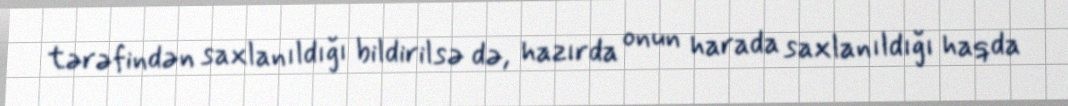
tərəfindən saxlanıldığı bildirilsə də, hazırda onun harada saxlanıldığı haqda